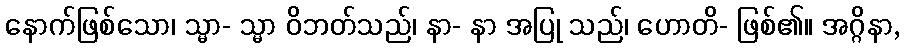
နောက်ဖြစ်သော၊ သ္မာ- သ္မာ ဝိဘတ်သည်၊ နာ- နာ အပြု သည်၊ ဟောတိ- ဖြစ်၏။ အဂ္ဂိနာ,